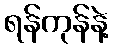
ရန်ကုန်နဲ့